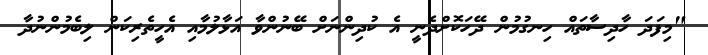
"މިފަދަ ހާދިސާތައް ހިނގުމުން ދޭހަކޮށްދެނީ އެ ކުދިންނަށް ބޭނުންވާ އަޅާލުމާއި އެހީތެރިކަން ލިބެމުންނުދާ